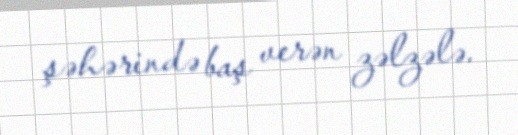
şəhərində baş verən zəlzələ.